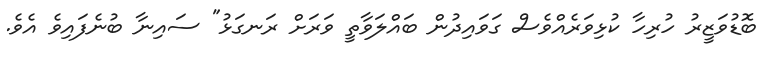
ބޮޑުވަޒީރު ހުރިހާ ކުޅިވަރެއްވެސް ގަވައިދުން ބައްލަވާތީ ވަރަށް ރަނގަޅު" ސައިނާ ބުނެފައިވެ އެވެ.